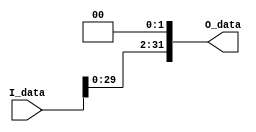
`timescale 1ns / 1ps
//////////////////////////////////////////////////////////////////////////////////
// Company: 
// Engineer: 
// 
// Design Name: 
// Module Name: SHL2_1
// Project Name: 
// Target Devices: 
// Tool Versions: 
// Description: 
// 
// Dependencies: 
// 
// Revision:
// Revision 0.01 - File Created
// Additional Comments:
// 
//////////////////////////////////////////////////////////////////////////////////


module SHL2_1(I_data,O_data);
    input[31:0] I_data;
    output[31:0] O_data;
    parameter Z=2'b00;
    assign O_data = {I_data[29:0],Z};
endmodule